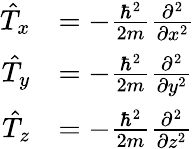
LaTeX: {\begin{array}{rl}{{\hat{T}}_{x}}&{=-{\frac{\hbar^{2}}{2m}}{\frac{\partial^{2}}{\partial x^{2}}}}\\ {{\hat{T}}_{y}}&{=-{\frac{\hbar^{2}}{2m}}{\frac{\partial^{2}}{\partial y^{2}}}}\\ {{\hat{T}}_{z}}&{=-{\frac{\hbar^{2}}{2m}}{\frac{\partial^{2}}{\partial z^{2}}}}\end{array}}